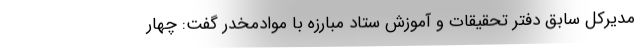
مدیرکل سابق دفتر تحقیقات و آموزش ستاد مبارزه با موادمخدر گفت: چهار